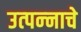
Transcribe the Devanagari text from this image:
उत्‍पन्‍नाचे